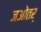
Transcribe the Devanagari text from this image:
जओतर्